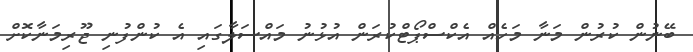
ބޭނުން ކުރުން މަނާ މަހެއް އެކްސްޕޯޓްކުރަން އުޅުނު މައްސަލާގައި އެ ކުންފުނި ޖޫރިމަނާކޮށް